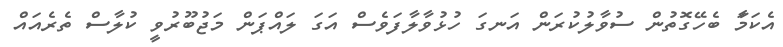
އެކަމަާ ބެހޭގޮތުން ސުވާލުކުރަން އަނގަ ހުޅުވާލާފަވެސް އަގަ ލައްޕަން މަޖުބޫރުވީ ކުލާސް ތެރެއައް